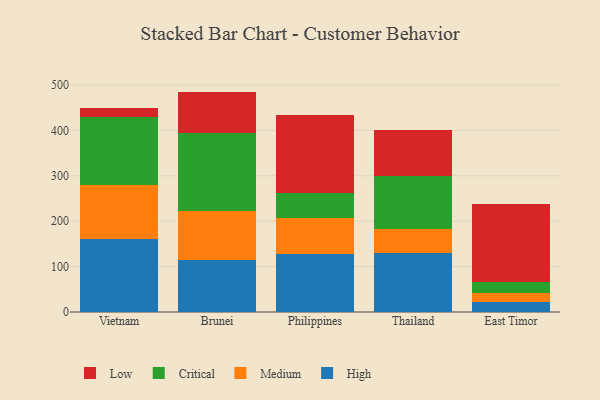
{"axis": {"x": "Country", "y": "Website Visitors"}, "legend": ["Critical", "High", "Low", "Medium"], "data": [{"x": "Vietnam", "y": 160.0, "type": "High"}, {"x": "Vietnam", "y": 120.3, "type": "Medium"}, {"x": "Vietnam", "y": 149.6, "type": "Critical"}, {"x": "Vietnam", "y": 20.3, "type": "Low"}, {"x": "Brunei", "y": 114.8, "type": "High"}, {"x": "Brunei", "y": 107.2, "type": "Medium"}, {"x": "Brunei", "y": 173.3, "type": "Critical"}, {"x": "Brunei", "y": 90.1, "type": "Low"}, {"x": "Philippines", "y": 128.4, "type": "High"}, {"x": "Philippines", "y": 78.5, "type": "Medium"}, {"x": "Philippines", "y": 54.7, "type": "Critical"}, {"x": "Philippines", "y": 172.6, "type": "Low"}, {"x": "Thailand", "y": 129.3, "type": "High"}, {"x": "Thailand", "y": 52.6, "type": "Medium"}, {"x": "Thailand", "y": 118.2, "type": "Critical"}, {"x": "Thailand", "y": 100.2, "type": "Low"}, {"x": "East Timor", "y": 21.5, "type": "High"}, {"x": "East Timor", "y": 21.2, "type": "Medium"}, {"x": "East Timor", "y": 24.4, "type": "Critical"}, {"x": "East Timor", "y": 170.5, "type": "Low"}]}